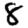
Digit: 8